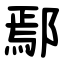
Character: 鄢